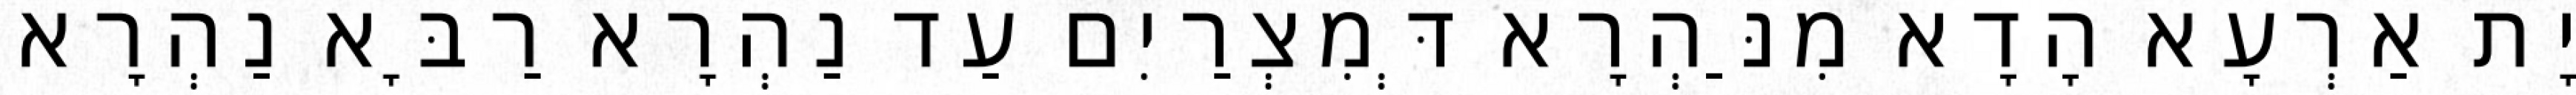
יָת אַרְעָא הָדָא מִנַּהְרָא דְּמִצְרַיִם עַד נַהְרָא רַבָּא נַהְרָא